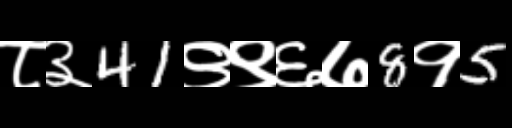
Text: ८३41९९६७8१5